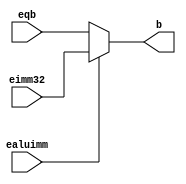
`timescale 1ns / 1ps
//////////////////////////////////////////////////////////////////////////////////
// Company: 
// Engineer: 
// 
// Design Name: 
// Module Name: aluMultiplexer
// Project Name: 
// Target Devices: 
// Tool Versions: 
// Description: 
// 
// Dependencies: 
// 
// Revision:
// Revision 0.01 - File Created
// Additional Comments:
// 
//////////////////////////////////////////////////////////////////////////////////


module aluMultiplexer(
    input [31:0] eqb,
    input [31:0] eimm32,
    input ealuimm,
    output reg [31:0] b

    );
    
    always @(*) begin
        if(ealuimm == 0)
        begin
            b = eqb;
        end
        
        else
        begin
            b = eimm32;
        end
    end
endmodule